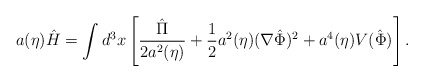
\begin{align*}a(\eta) \hat{H} = \int d^3x \left[ \frac{\hat{\Pi}}{2 a^2(\eta)} + \frac{1}{2}a^2(\eta) (\nabla \hat{\Phi})^2 + a^4(\eta) V(\hat{\Phi})\right].\end{align*}